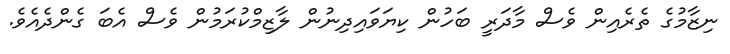
ނިޒާމުގެ ތެރެއިން ވެސް މާދަރީ ބަހުން ކިޔަވައިދިނުން ލާޒިމްކުރަމުން ވެސް އެބަ ގެންދެއެވެ.